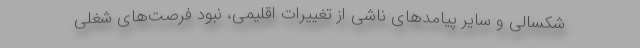
شکسالی و سایر پیامدهای ناشی از تغییرات اقلیمی، نبود فرصت‌های شغلی